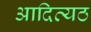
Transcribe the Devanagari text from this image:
आदित्यठ